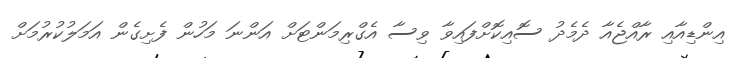
އިންޑިއާއި ރާއްޖެއާ ދެމެދު ސޮއިކޮށްފައިވާ ވިސާ އެގްރިމަންޓަށް އަންނަ މަހުން ފެށިގެން އަމަލުކުރުމަށް